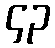
၄၃